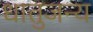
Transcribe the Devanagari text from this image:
धातुजन्य